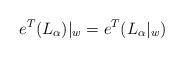
LaTeX: \begin{align*}e^T(L_\alpha )|_w=e^T(L_\alpha |_w)\end{align*}